Necessitous school children, 1924
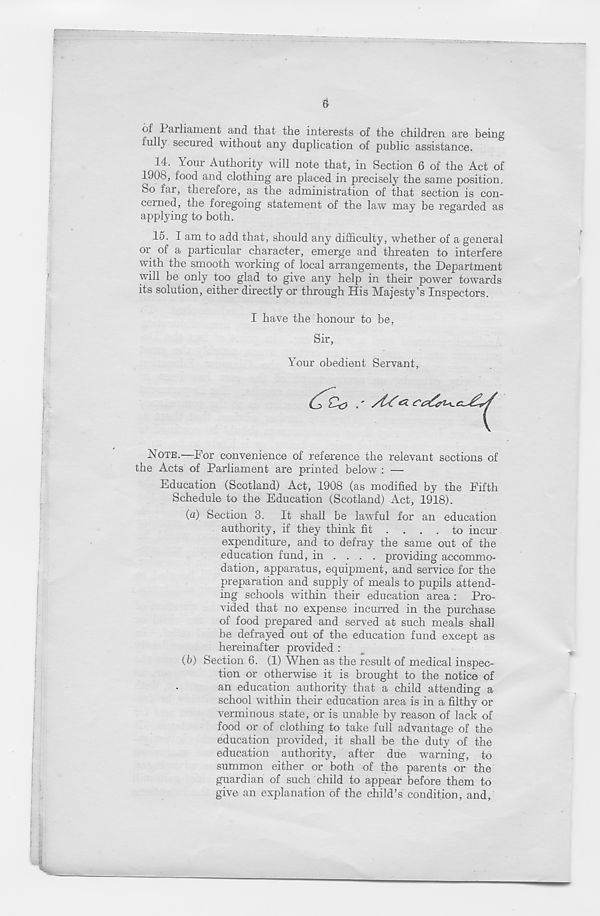
61 1 arliament and that the interests of the children, are being
fully secured without any duplication of public assistance.
14. Your Authority will note that, in Section 6 of the Act of
1908, food and clothing are placed in precisely the same position.
So fai, therefore, as the administration of that section is con-
cerned, the foregoing statement of the law may be regarded as
applying to both.
15. I am to add that, should any difficulty, whether of a general
or of a particular character, emerge and threaten to interfere
with the smooth working of local arrangements, the Department
will be only too glad to give any help in their power towards
its solution, either directly or through His Majesty’s Inspectors.
I have the honour to be,
Sir,
Your obedient Servant,
NOTE.—For convenience of reference the relevant sections of
the Acts of Parliament are printed below : —
Education (Scotland) Act, 1908 (as modified by the Fifth
Schedule to the Education (Scotland) Act, 1918).
(a) Section 3. It shall be lawful for an education
authority, if they think fit .... to incur-
expenditure, and to defray the same out of the
education fund, in ... . providing accommo-
dation, apparatus, equipment, and service for the
preparation and supply of meals to pupils attend-
ing schools within their education area : Pro-
vided that no expense incurred in the purchase
of food prepared and served at such meals shall
be defrayed out of the education fund except as
hereinafter provided :
(b) Section 6. (1) When as the result of medical inspec-
tion or otherwise it is brought to the notice of
an education authority that a child attending a
school within their education area is in a filthy or
verminous state, or is unable by reason of lack of
food or of clothing to take full advantage of the
education provided, it shall be the duty of the
education authority, after due warning, to
summon either or both of the parents or the
guardian of such child to appear before them to
give' an explanation of the child’s condition, and,